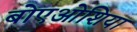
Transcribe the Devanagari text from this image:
बोएओशिया